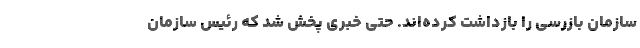
سازمان بازرسی را بازداشت کرده‌اند. حتی خبری پخش شد که رئیس سازمان